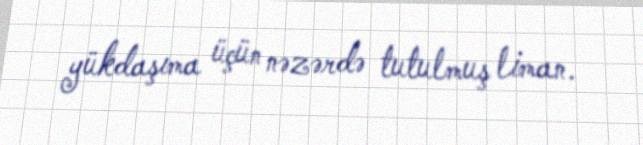
yükdaşıma üçün nəzərdə tutulmuş liman.